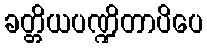
ခတ္တိယပဏ္ဍိတာပိပေ